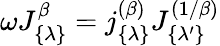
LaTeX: \omega J_{\{ \lambda\} }^{\beta}=j_{\{ \lambda\} }^{(\beta)}J_{\{ \lambda^{\prime}\} }^{(1/\beta)}